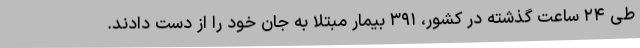
طی ۲۴ ساعت گذشته در کشور، ۳۹۱ بیمار مبتلا به جان خود را از دست دادند.